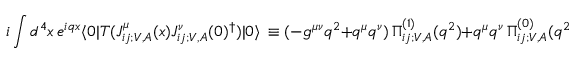
i \int d ^ { 4 } x \, e ^ { i q x } \langle 0 | T ( J _ { i j ; V , A } ^ { \mu } ( x ) J _ { i j ; V , A } ^ { \nu } ( 0 ) ^ { \dagger } ) | 0 \rangle \, \equiv ( - g ^ { \mu \nu } q ^ { 2 } + q ^ { \mu } q ^ { \nu } ) \, \Pi _ { i j ; V , A } ^ { ( 1 ) } ( q ^ { 2 } ) + q ^ { \mu } q ^ { \nu } \, \Pi _ { i j ; V , A } ^ { ( 0 ) } ( q ^ { 2 } ) \, ,